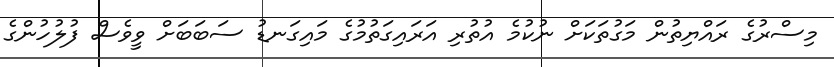
މިސްރުގެ ރައްޔިތުން މަގުތަކަށް ނުކުމެ އުތުރި އަރައިގަތުމުގެ މައިގަނޑު ސަބަބަށް ވީވެސް ފުލުހުންގެ